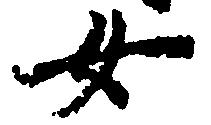
女